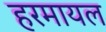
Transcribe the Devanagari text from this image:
हरमायल